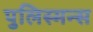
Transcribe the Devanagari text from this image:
पुलिस्मन्स